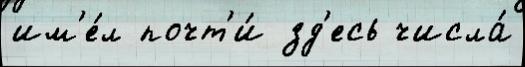
им'е́л почт'и́ зд'есь числа́